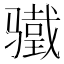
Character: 𬴋